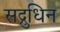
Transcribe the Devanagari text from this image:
सद्रुधिन